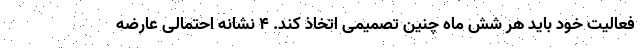
فعالیت خود باید هر شش ماه چنین تصمیمی اتخاذ کند. ۴ نشانه احتمالی عارضه